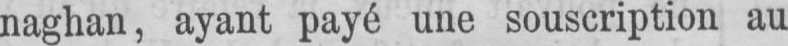
naghan, ayant payé une souscription au